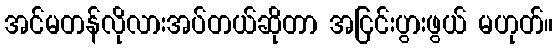
အင်မတန်လိုလားအပ်တယ်ဆိုတာ အငြင်းပွားဖွယ် မဟုတ်။